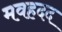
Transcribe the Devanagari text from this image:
मवहदद